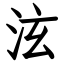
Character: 泫